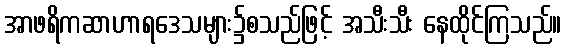
အာဖရိကဆာဟာရဒေသများ၌စသည်ဖြင့် အသီးသီး နေထိုင်ကြသည်။